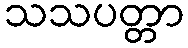
သသပတ္တာ